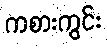
ကစားကွင်း